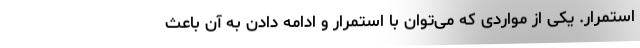
استمرار. یکی از مواردی که می‌توان با استمرار و ادامه دادن به آن باعث